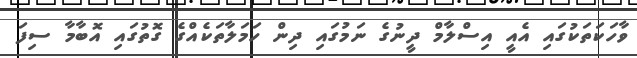
ވާހަކަތަކުގައި އެއީ އިސްލާމް ދީނުގެ ނަމުގައި ދިން ހަމަލާތަކެއްގެ ގޮތުގައި އޮބާމާ ސިފަ